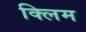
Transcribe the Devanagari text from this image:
क्लिम